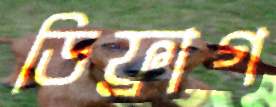
ডিফ্রাগ